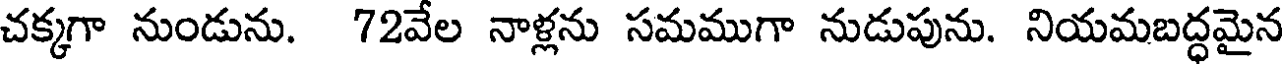
చక్కగా నుండును. 72వేల నాళ్లను సమముగా నుడుపును. నియమబద్ధమైన